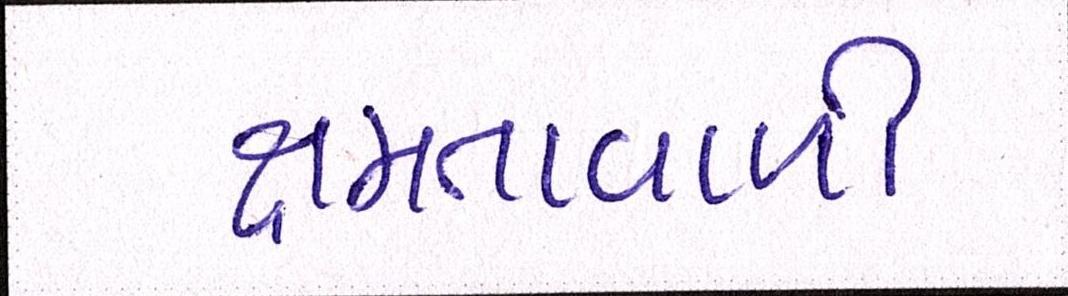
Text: ક્ષમતાવાળી